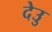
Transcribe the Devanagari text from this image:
देउु